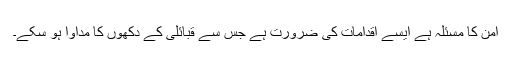
امن کا مسئلہ ہے ایسے اقدامات کی ضرورت ہے جس سے قبائلی کے دکھوں کا مداوا ہو سکے۔